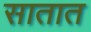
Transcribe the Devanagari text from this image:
सातात